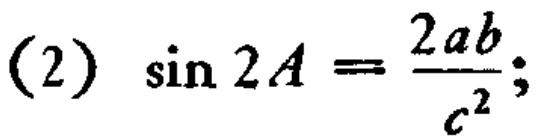
(2) \(\sin 2A = \frac{2ab}{c^{2}}\);